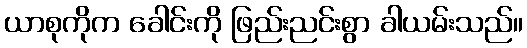
ယာစုကိုက ခေါင်းကို ဖြည်းညင်းစွာ ခါယမ်းသည်။